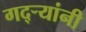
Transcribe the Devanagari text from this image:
गद्र्‍यांनी